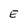
Character: E